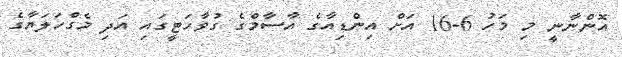
އޮންނާނީ މި މަހު 6-16 އަށް އިންޑިއާގެ އާސާމްގެ ގުވާހަޓީގައި އަދި މެގްހަލަޔާގެ